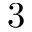
3